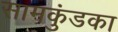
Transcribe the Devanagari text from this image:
सामकुंडका